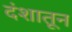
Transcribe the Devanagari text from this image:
दंशातून